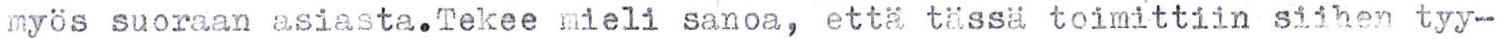
myös suoraan asiasta.Tekee mieli sanoa, että tässä toimittiin siihen tyy--